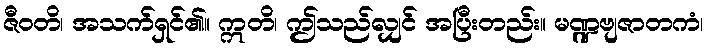
ဇီဝတိ၊ အသက်ရှင်၏။ ဣတိ၊ ဤသည်လျှင် အပြီးတည်း။ မဏ္ဍဗျဇာတကံ၊